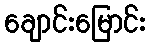
ချောင်းမြောင်း